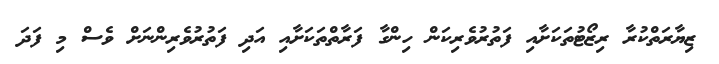
ޒިޔާރަތްކުރާ ރިޒޯޓުތަކަށާއި ފަތުރުވެރިކަން ހިންގާ ފަރާތްތަކަށާއި އަދި ފަތުރުވެރިންނަށް ވެސް މި ފަދަ